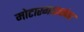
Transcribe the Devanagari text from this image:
मोटारगाड्यांवर